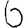
Digit: 6